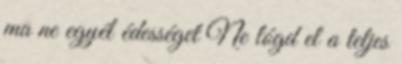
ma ne egyél édességet Ne lógd el a teljes